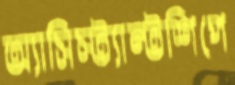
অ্যাসিস্ট্যান্টশিপে